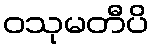
ဝသုမတီပိ